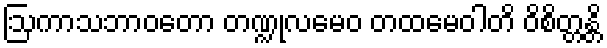
ဩကာသဘာဝတော တဏ္ဍုလမေဝ တထမေဝါတိ ဝိစိတ္တန္တိ